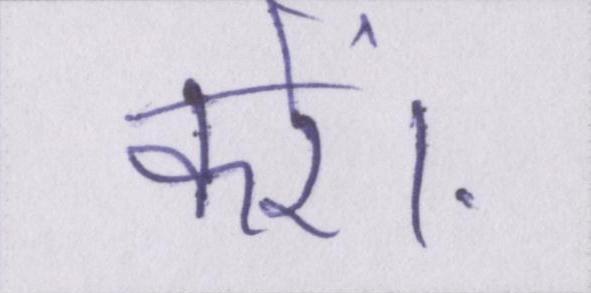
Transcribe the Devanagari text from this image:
करें।